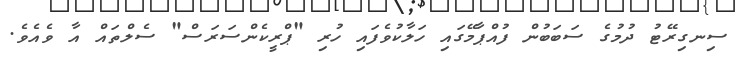
ސިނގިރޭޓު ދުމުގެ ސަބަބުން ފުއްޕާމޭގައި ހަލާކުވެފައި ހުރި "ޕްރީކެންސަރަސް" ސެލްތައް އާ ވެއެވެ.